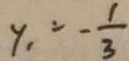
y _ { 1 } = - \frac { 1 } { 3 }